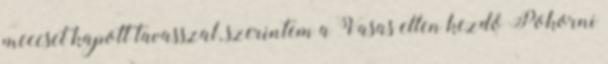
meccset kapott tavasszal, szerintem a Vasas ellen kezdő Pokorni